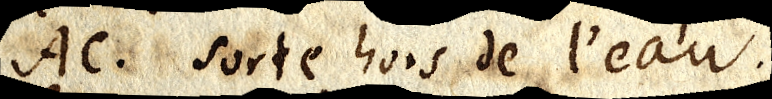
AC. sorte hors de l’eau.